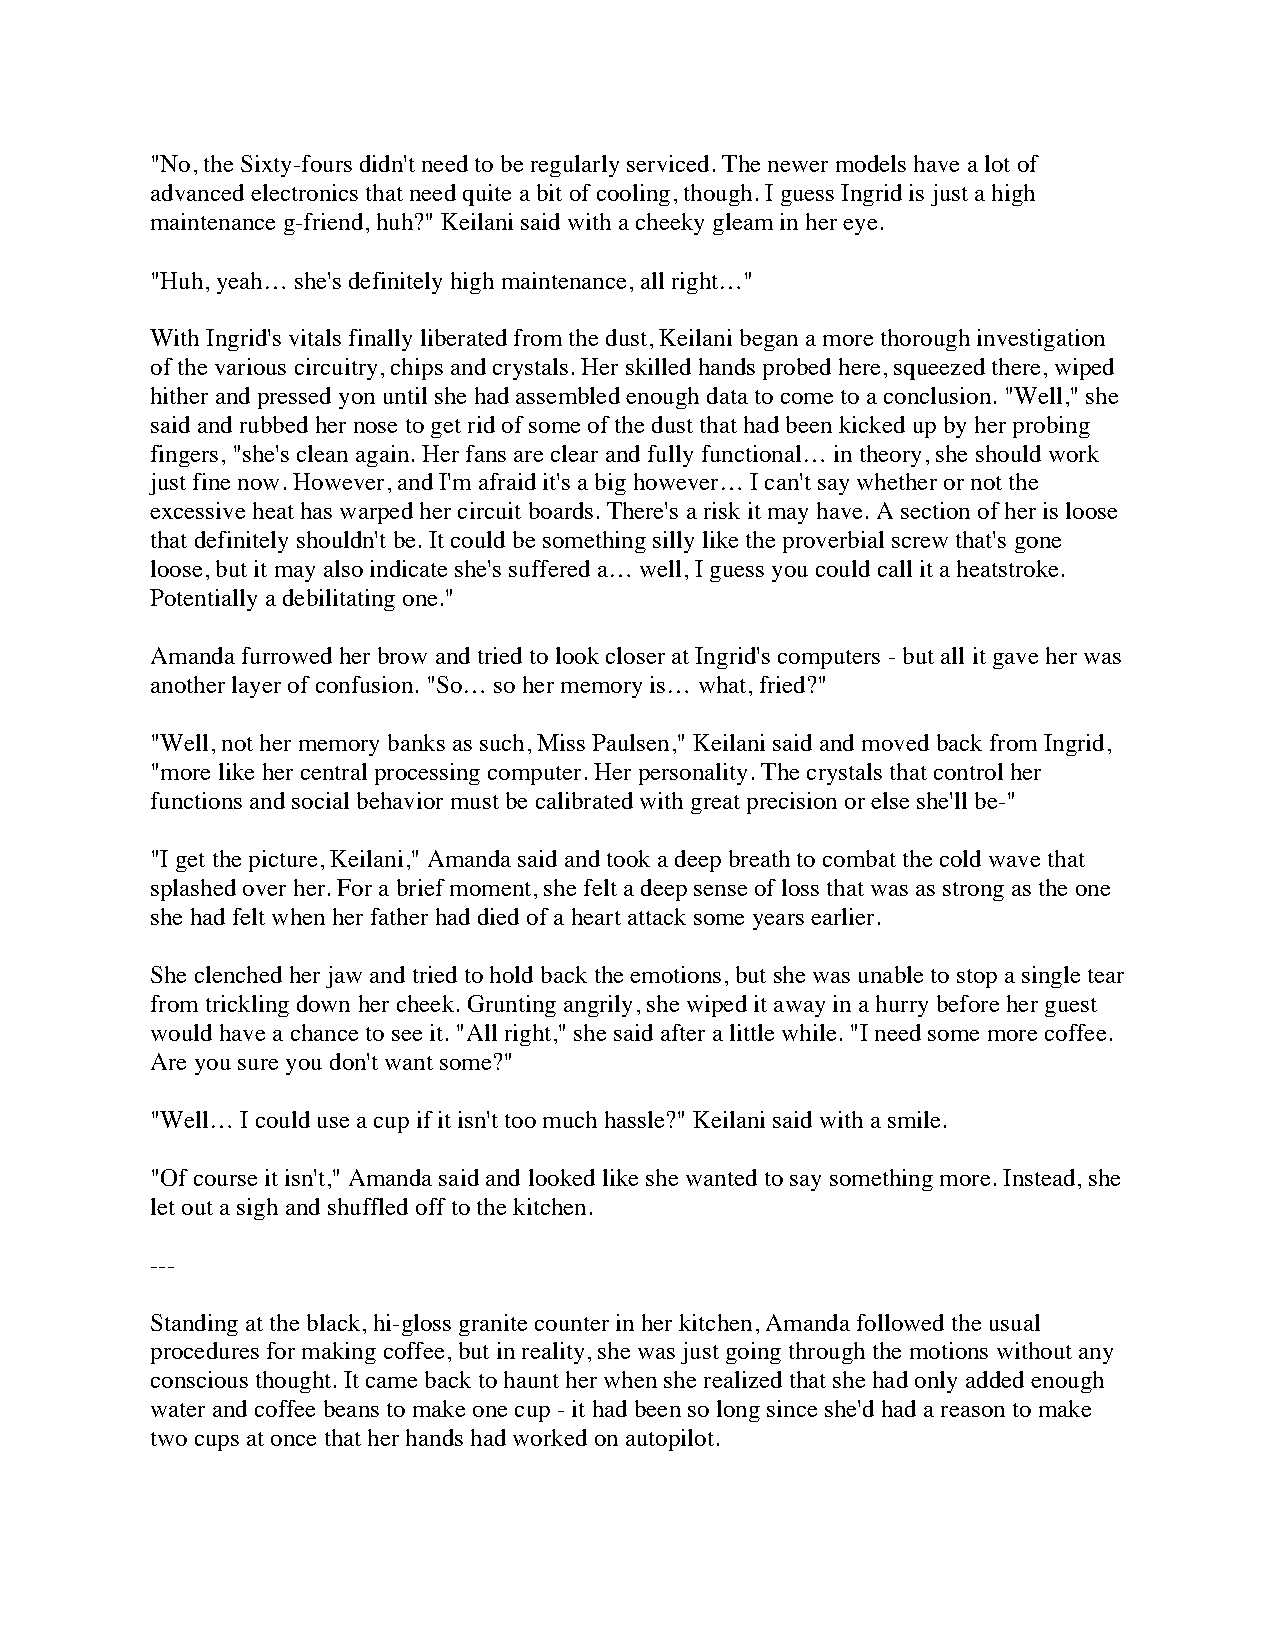
"No, the Sixty-fours didn't need to be regularly serviced. The newer models have a lot of
 advanced electronics that need quite a bit of cooling, though. I guess Ingrid is just a high
 maintenance g-friend, huh?" Keilani said with a cheeky gleam in her eye.
 "Huh, yeah… she's definitely high maintenance, all right…"
 With Ingrid's vitals finally liberated from the dust, Keilani began a more thorough investigation
 of the various circuitry, chips and crystals. Her skilled hands probed here, squeezed there, wiped
 hither and pressed yon until she had assembled enough data to come to a conclusion. "Well," she
 said and rubbed her nose to get rid of some of the dust that had been kicked up by her probing
 fingers, "she's clean again. Her fans are clear and fully functional… in theory, she should work
 just fine now. However, and I'm afraid it's a big however… I can't say whether or not the
 excessive heat has warped her circuit boards. There's a risk it may have. A section of her is loose
 that definitely shouldn't be. It could be something silly like the proverbial screw that's gone
 loose, but it may also indicate she's suffered a… well, I guess you could call it a heatstroke.
 Potentially a debilitating one."
 Amanda furrowed her brow and tried to look closer at Ingrid's computers - but all it gave her was
 another layer of confusion. "So… so her memory is… what, fried?"
 "Well, not her memory banks as such, Miss Paulsen," Keilani said and moved back from Ingrid,
 "more like her central processing computer. Her personality. The crystals that control her
 functions and social behavior must be calibrated with great precision or else she'll be-"
 "I get the picture, Keilani," Amanda said and took a deep breath to combat the cold wave that
 splashed over her. For a brief moment, she felt a deep sense of loss that was as strong as the one
 she had felt when her father had died of a heart attack some years earlier.
 She clenched her jaw and tried to hold back the emotions, but she was unable to stop a single tear
 from trickling down her cheek. Grunting angrily, she wiped it away in a hurry before her guest
 would have a chance to see it. "All right," she said after a little while. "I need some more coffee.
 Are you sure you don't want some?"
 "Well… I could use a cup if it isn't too much hassle?" Keilani said with a smile.
 "Of course it isn't," Amanda said and looked like she wanted to say something more. Instead, she
 let out a sigh and shuffled off to the kitchen.
 ---
 Standing at the black, hi-gloss granite counter in her kitchen, Amanda followed the usual
 procedures for making coffee, but in reality, she was just going through the motions without any
 conscious thought. It came back to haunt her when she realized that she had only added enough
 water and coffee beans to make one cup - it had been so long since she'd had a reason to make
 two cups at once that her hands had worked on autopilot.